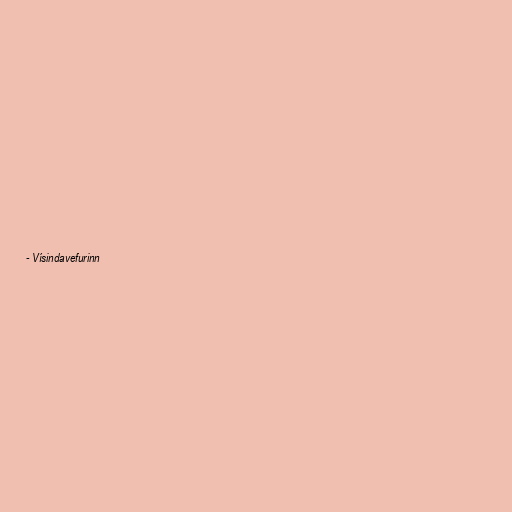
- Vísindavefurinn